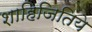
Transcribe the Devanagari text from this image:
शाहिजितिये